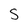
Character: S